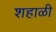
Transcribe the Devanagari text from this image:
शहाळी